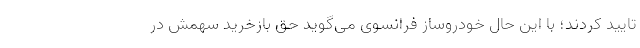
تایید کردند؛ با این حال خودروساز فرانسوی می‌گوید حق بازخرید سهمش در